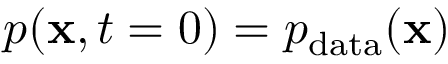
p ( \mathbf { x } , t = 0 ) = p _ { \mathrm { d a t a } } ( \mathbf { x } )